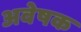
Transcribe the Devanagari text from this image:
अवेषक